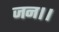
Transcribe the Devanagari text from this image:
जन।।